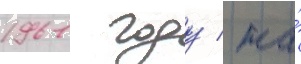
1961 году / на́